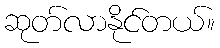
ဆုတ်လာနိုင်တယ်။